Civil Veterinary Department Bihar & Orissa reports 1911-21 - 1911-1921
Year: 1911
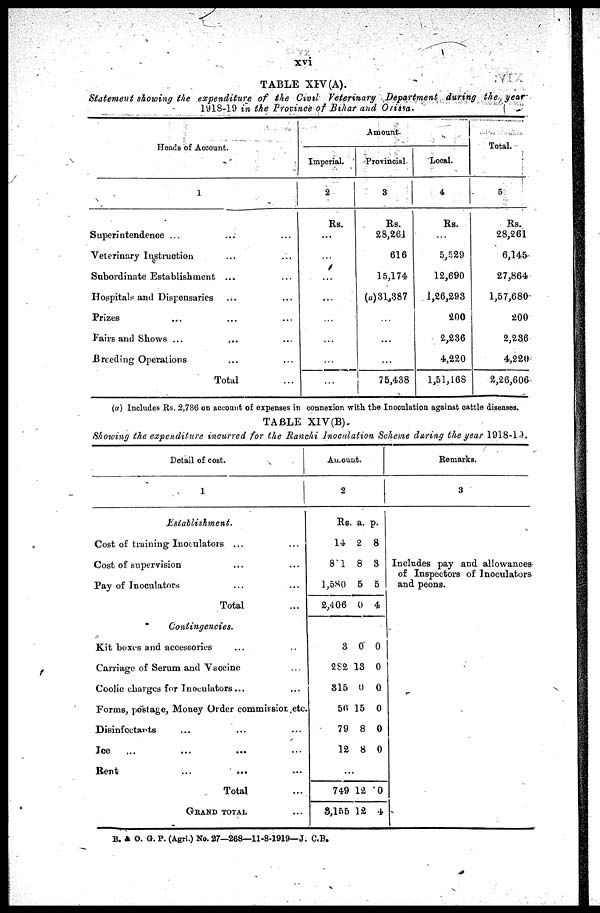
xvi
TABLE XIV (A).
Statement showing the expenditure
of the Civil
Veterinary
Department
during the year
1918-19 in the Province of Bihar and Orissa.
Heads of Account.
1
Superintendence ... …
Veterinary Instruction …
Subordinate Establishment ...
Hospitals and Dispensaries …
Prizes … …
Fairs and Shows ... …
Breeding Operations …
Total
…
…
…
…
…
…
…
…
Amount.
Imperial.
2
Rs.
...
…
...
...
…
…
…
…
Provincial.
3
Rs.
28,261
616
15,174
(a) 31,387
…
...
...
75,438
Local.
4
Rs.
…
5,529
12,690
1,26,293
200
2,236
4,220
1,51,168
Total.
5
Rs.
28,261
6,145
27,864
1,57,680
200
2,236
4,220
2,26,606
(a) Includes Rs. 2,786 on account of expenses in connexion with the Inoculation against cattle diseases.
TABLE XIV (B).
Showing the expenditure
incurred for the Ranchi Inoculation Scheme during the year 1918-19.).
Detail of cost.
1
Establishment.
Cost of training Inoculators ... …
Cost of supervision … …
Pay of Inoculators … …
Total …
Contingencies.
Kit boxes and accessories … …
Carriage of Serum and Vaccine … …
Coolie charges for Inoculators... …
Forms, postage, Money Order commissior,etc.
Disinfectants … … …
Ice … … … …
Bent
...
... …
Total …
GRAND TOTAL …
Amount.
2
Rs.
14
8 1
1,580
2,406
3
282
815
56
79
12
a.
2
8
5
0
0
13
0
15
8
8
p.
8
3
5
4
0
0
0
0
0
0
...
749
3,155
12
12
0
4
Remarks.
3
Includes pay and allowances-
of Inspectors of Inoculators
and peons.
B. & O. G. P. (Agri.) No. 27—268—11-8-1919—J. C.B.